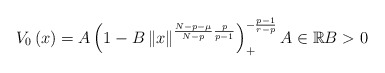
\begin{align*}V_{0}\left( x\right) =A\left( 1-B\left\Vert x\right\Vert ^{\frac{N-p-\mu}{N-p}\frac{p}{p-1}}\right) _{+}^{-\frac{p-1}{r-p}}A\in\mathbb{R}B>0\end{align*}